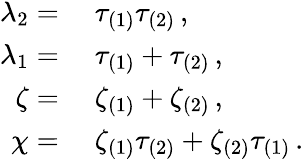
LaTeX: \begin{array}{rl}{\lambda_{2}={}}&{{}\tau_{(1)}\tau_{(2)}\, ,}\\ {\lambda_{1}={}}&{{}\tau_{(1)}+\tau_{(2)}\, ,}\\ {\zeta={}}&{{}\zeta_{(1)}+\zeta_{(2)}\, ,}\\ {\chi={}}&{{}\zeta_{(1)}\tau_{(2)}+\zeta_{(2)}\tau_{(1)}\, .}\end{array}